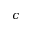
\boldsymbol { c }